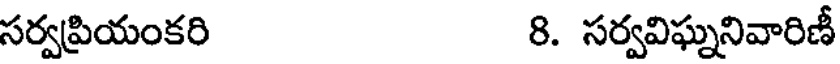
సర్వప్రియంకరి 8. సర్వవిఘ్ననివారిణీ